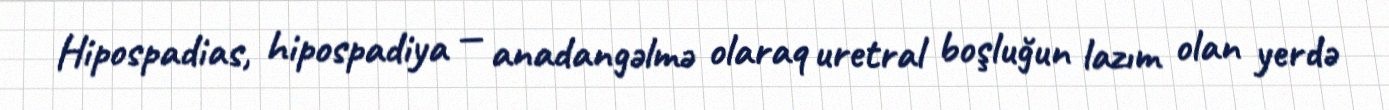
Hipospadias, hipospadiya — anadangəlmə olaraq uretral boşluğun lazım olan yerdə